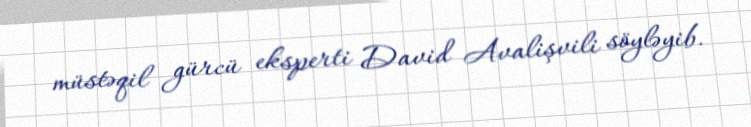
müstəqil gürcü eksperti David Avalişvili söyləyib.